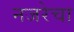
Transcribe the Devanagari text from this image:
नजरेचा